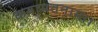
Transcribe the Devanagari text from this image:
कयामतनामा।